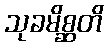
သုခမိစ္ဆတိ